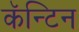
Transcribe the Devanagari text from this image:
कॅन्टिन